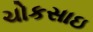
ચોકસાઇ